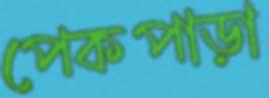
পেকপাড়া